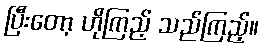
ပြီးတော့ ဟိုကြည့် သည်ကြည့်။